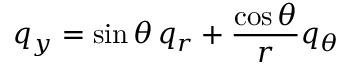
q _ { y } = \sin \theta \, q _ { r } + \frac { \cos \theta } { r } q _ { \theta }